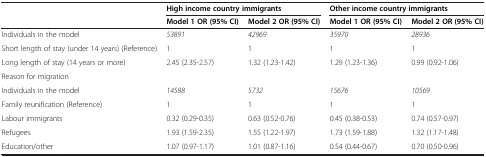
<table><thead><tr><td></td><td colspan="2"><b>High income country immigrants</b></td><td colspan="2"><b>Other income country immigrants</b></td></tr><tr><td></td><td><b>Model 1 OR (95% CI)</b></td><td><b>Model 2 OR (95% CI)</b></td><td><b>Model 1 OR (95% CI)</b></td><td><b>Model 2 OR (95% CI)</b></td></tr></thead><tbody><tr><td>Individuals in the model</td><td><i>53891</i></td><td><i>42969</i></td><td><i>35970</i></td><td><i>28936</i></td></tr><tr><td>Short length of stay (under 14 years) (Reference)</td><td>1</td><td>1</td><td>1</td><td>1</td></tr><tr><td>Long length of stay (14 years or more)</td><td>2.45 (2.35-2.57)</td><td>1.32 (1.23-1.42)</td><td>1.29 (1.23-1.36)</td><td>0.99 (0.92-1.06)</td></tr><tr><td colspan="5">Reason for migration</td></tr><tr><td>Individuals in the model</td><td><i>14588</i></td><td><i>5732</i></td><td><i>15676</i></td><td><i>10569</i></td></tr><tr><td>Family reunification (Reference)</td><td>1</td><td>1</td><td>1</td><td>1</td></tr><tr><td>Labour immigrants</td><td>0.32 (0.29-0.35)</td><td>0.63 (0.52-0.76)</td><td>0.45 (0.38-0.53)</td><td>0.74 (0.57-0.97)</td></tr><tr><td>Refugees</td><td>1.93 (1.59-2.35)</td><td>1.55 (1.22-1.97)</td><td>1.73 (1.59-1.88)</td><td>1.32 (1.17-1.48)</td></tr><tr><td>Education/other</td><td>1.07 (0.97-1.17)</td><td>1.01 (0.87-1.16)</td><td>0.54 (0.44-0.67)</td><td>0.70 (0.50-0.96)</td></tr></tbody></table>